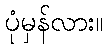
ပုံမှန်လား။